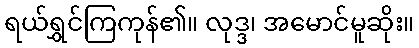
ရယ်ရွှင်ကြကုန်၏။ လုဒ္ဒ၊ အမောင်မူဆိုး။